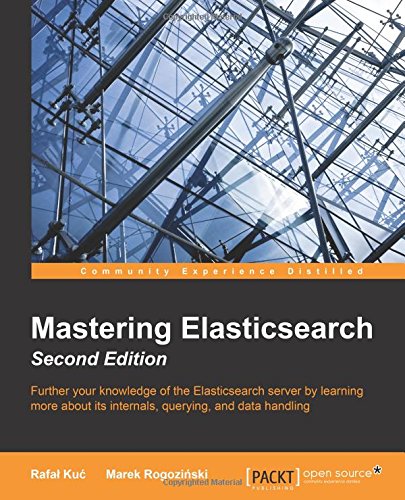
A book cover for Mastering Elasticsearch, Second Edition; Rafal Kuc; Computers & Technology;